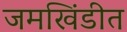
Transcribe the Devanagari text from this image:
जमखिंडीत